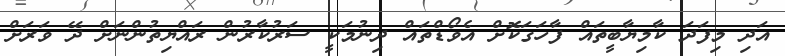
އަދި މިފަދަ ކާމިޔާބީތައް ފާހަގަކޮށް އެވޯޑްތައް ދިނުމަކީ ސަރުކާރުން ރައްޔިތުންނަށް ދޭ ވަރަށް